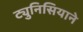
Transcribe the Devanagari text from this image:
ट्युनिसियाने